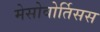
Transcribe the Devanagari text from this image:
मेसोवोर्तिसस